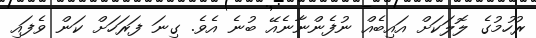
ރުހުމުގެ ލޮލަކަށް އައިބެއް ނުފެންނާނެއޭ ބުނެ އެވެ. ގިނަ ފަރަހަށް ކަން ވެފައި